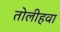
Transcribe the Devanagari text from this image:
तोलीहवा